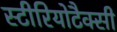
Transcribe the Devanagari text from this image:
स्टीरियोटैक्सी